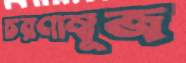
চরণাম্বুজ